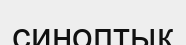
синоптық